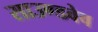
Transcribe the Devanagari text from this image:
साउण्डवेव